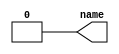
module bug34649 (name);
       output reg name = 0;
endmodule